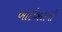
બાઇબલની